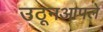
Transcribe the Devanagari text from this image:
उठूनआपले